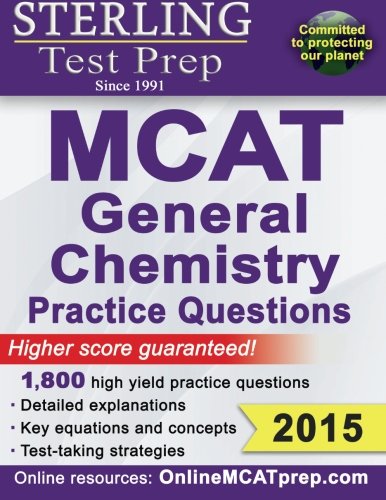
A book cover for Sterling MCAT General Chemistry Practice Questions: High Yield MCAT Questions; Sterling Test Prep; Test Preparation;